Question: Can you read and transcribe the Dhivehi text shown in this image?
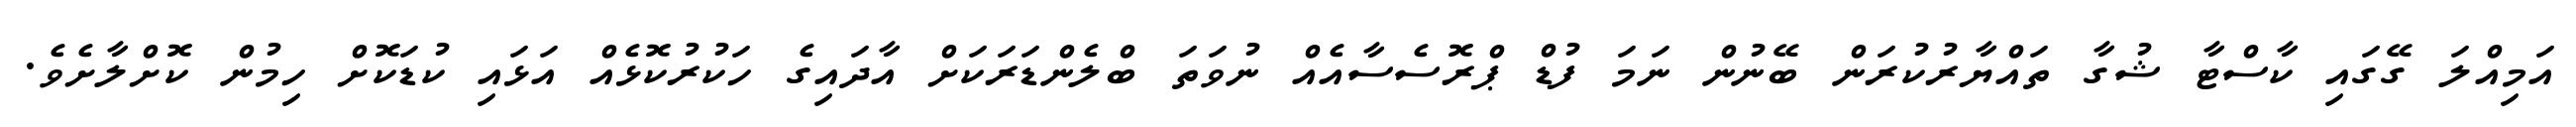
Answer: އަމިއްލަ ގޭގައި ކާސްޓާ ޝުގާ ތައްޔާރުކުރަން ބޭނުން ނަމަ ފުޑް ޕްރޮސެސާއެއް ނުވަތަ ބްލެންޑަރަކަށް އާދައިގެ ހަކުރުކޮޅެއް އަޅައި ކުޑަކޮށް ހިމުން ކޮށްލާށެވެ.